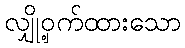
လျှို့ဝှက်ထားသော